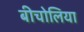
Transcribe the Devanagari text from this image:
बीचोलिया